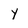
Character: Y